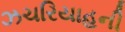
ઝચરિયાહની